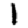
Digit: 1